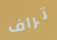
تراف